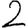
Digit: 2